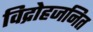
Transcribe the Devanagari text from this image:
विद्रोहजनित